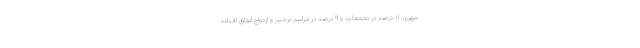
شهری، ۱۱ درصد در تجمعات و ۹ درصد در مراسم ترحیم و ازدواج اتفاق افتاده